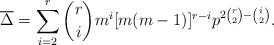
LaTeX: \begin{align*}\overline{\Delta}=\sum_{i=2}^r\binom{r}{i}m^i[m(m-1)]^{r-i}p^{2\binom{r}{2}-\binom{i}{2}}.\end{align*}